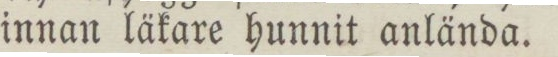
innan läkare hunnit anlända.